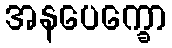
အနပေက္ခော